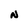
Character: N